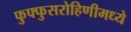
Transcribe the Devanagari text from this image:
फुफ्फुसरोहिणीमध्ये